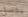
يفضل